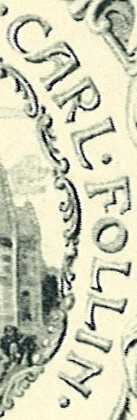
CARL.FOLLIN